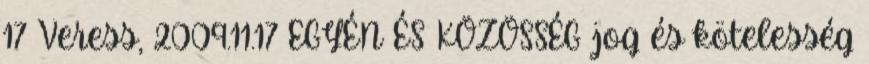
17 Veress, 2009.11.17 EGYÉN ÉS KÖZÖSSÉG jog és kötelesség